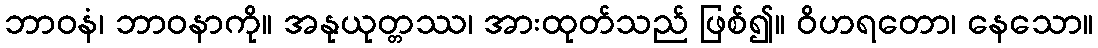
ဘာဝနံ၊ ဘာဝနာကို။ အနုယုတ္တဿ၊ အားထုတ်သည် ဖြစ်၍။ ဝိဟရတော၊ နေသော။